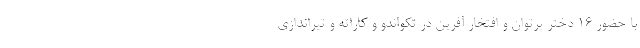
با حضور ۱۶ دختر پرتوان و افتخار آفرین در تکواندو و کاراته و تیراندازی